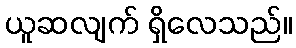
ယူဆလျက် ရှိလေသည်။